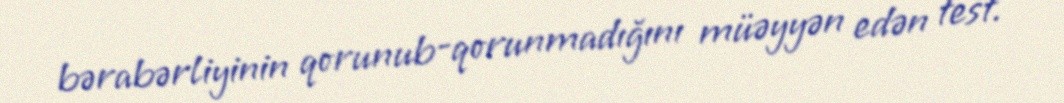
bərabərliyinin qorunub-qorunmadığını müəyyən edən test.